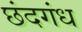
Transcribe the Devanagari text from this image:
छंदगंध